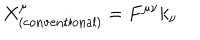
X _ { \mathrm { ( c o n v e n t i o n a l ) } } ^ { \mu } = F ^ { \mu \nu } k _ { \nu }